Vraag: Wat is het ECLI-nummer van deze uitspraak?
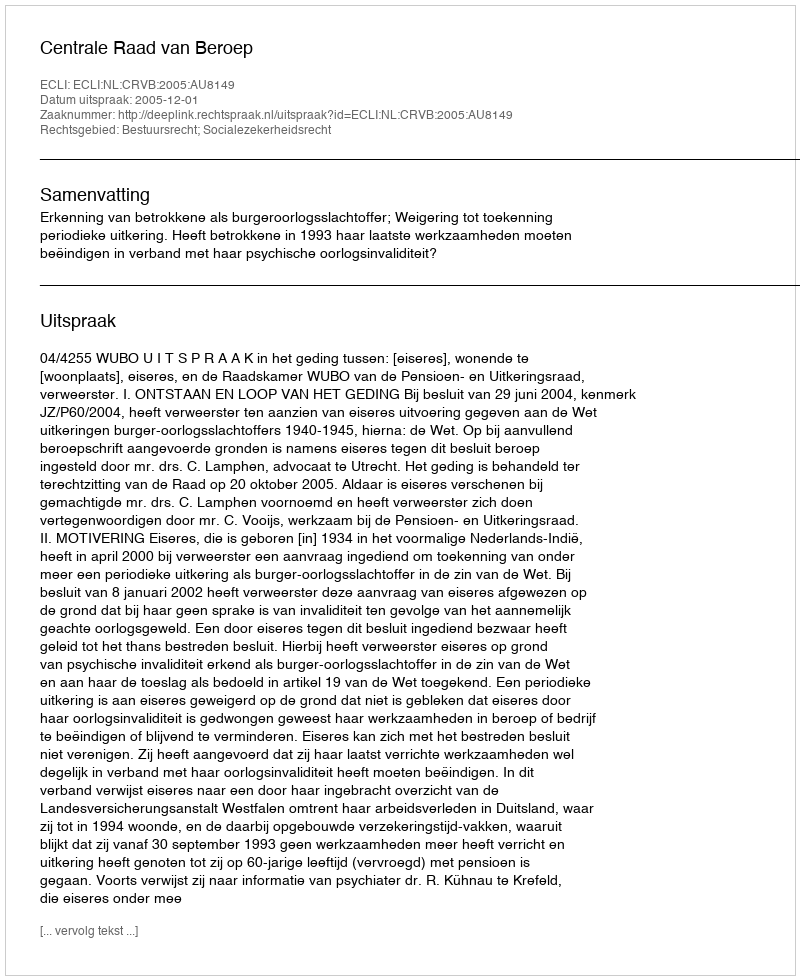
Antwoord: ECLI:NL:CRVB:2005:AU8149